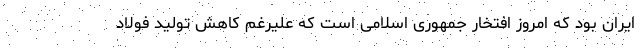
ایران بود که امروز افتخار جمهوری اسلامی است که علیرغم کاهش تولید فولاد